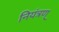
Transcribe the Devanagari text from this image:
नियंत्रण्‌